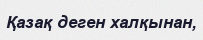
Қазақ деген халқынан,